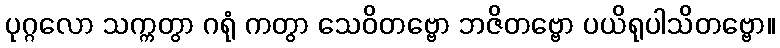
ပုဂ္ဂလော သက္ကတွာ ဂရုံ ကတွာ သေဝိတဗ္ဗော ဘဇိတဗ္ဗော ပယိရုပါသိတဗ္ဗော။